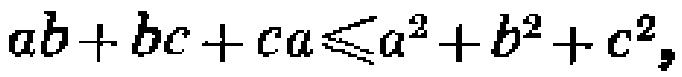
\(ab + bc + ca\leqslant a^{2}+b^{2}+c^{2}\)